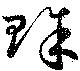
賖